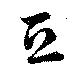
豆